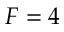
F = 4